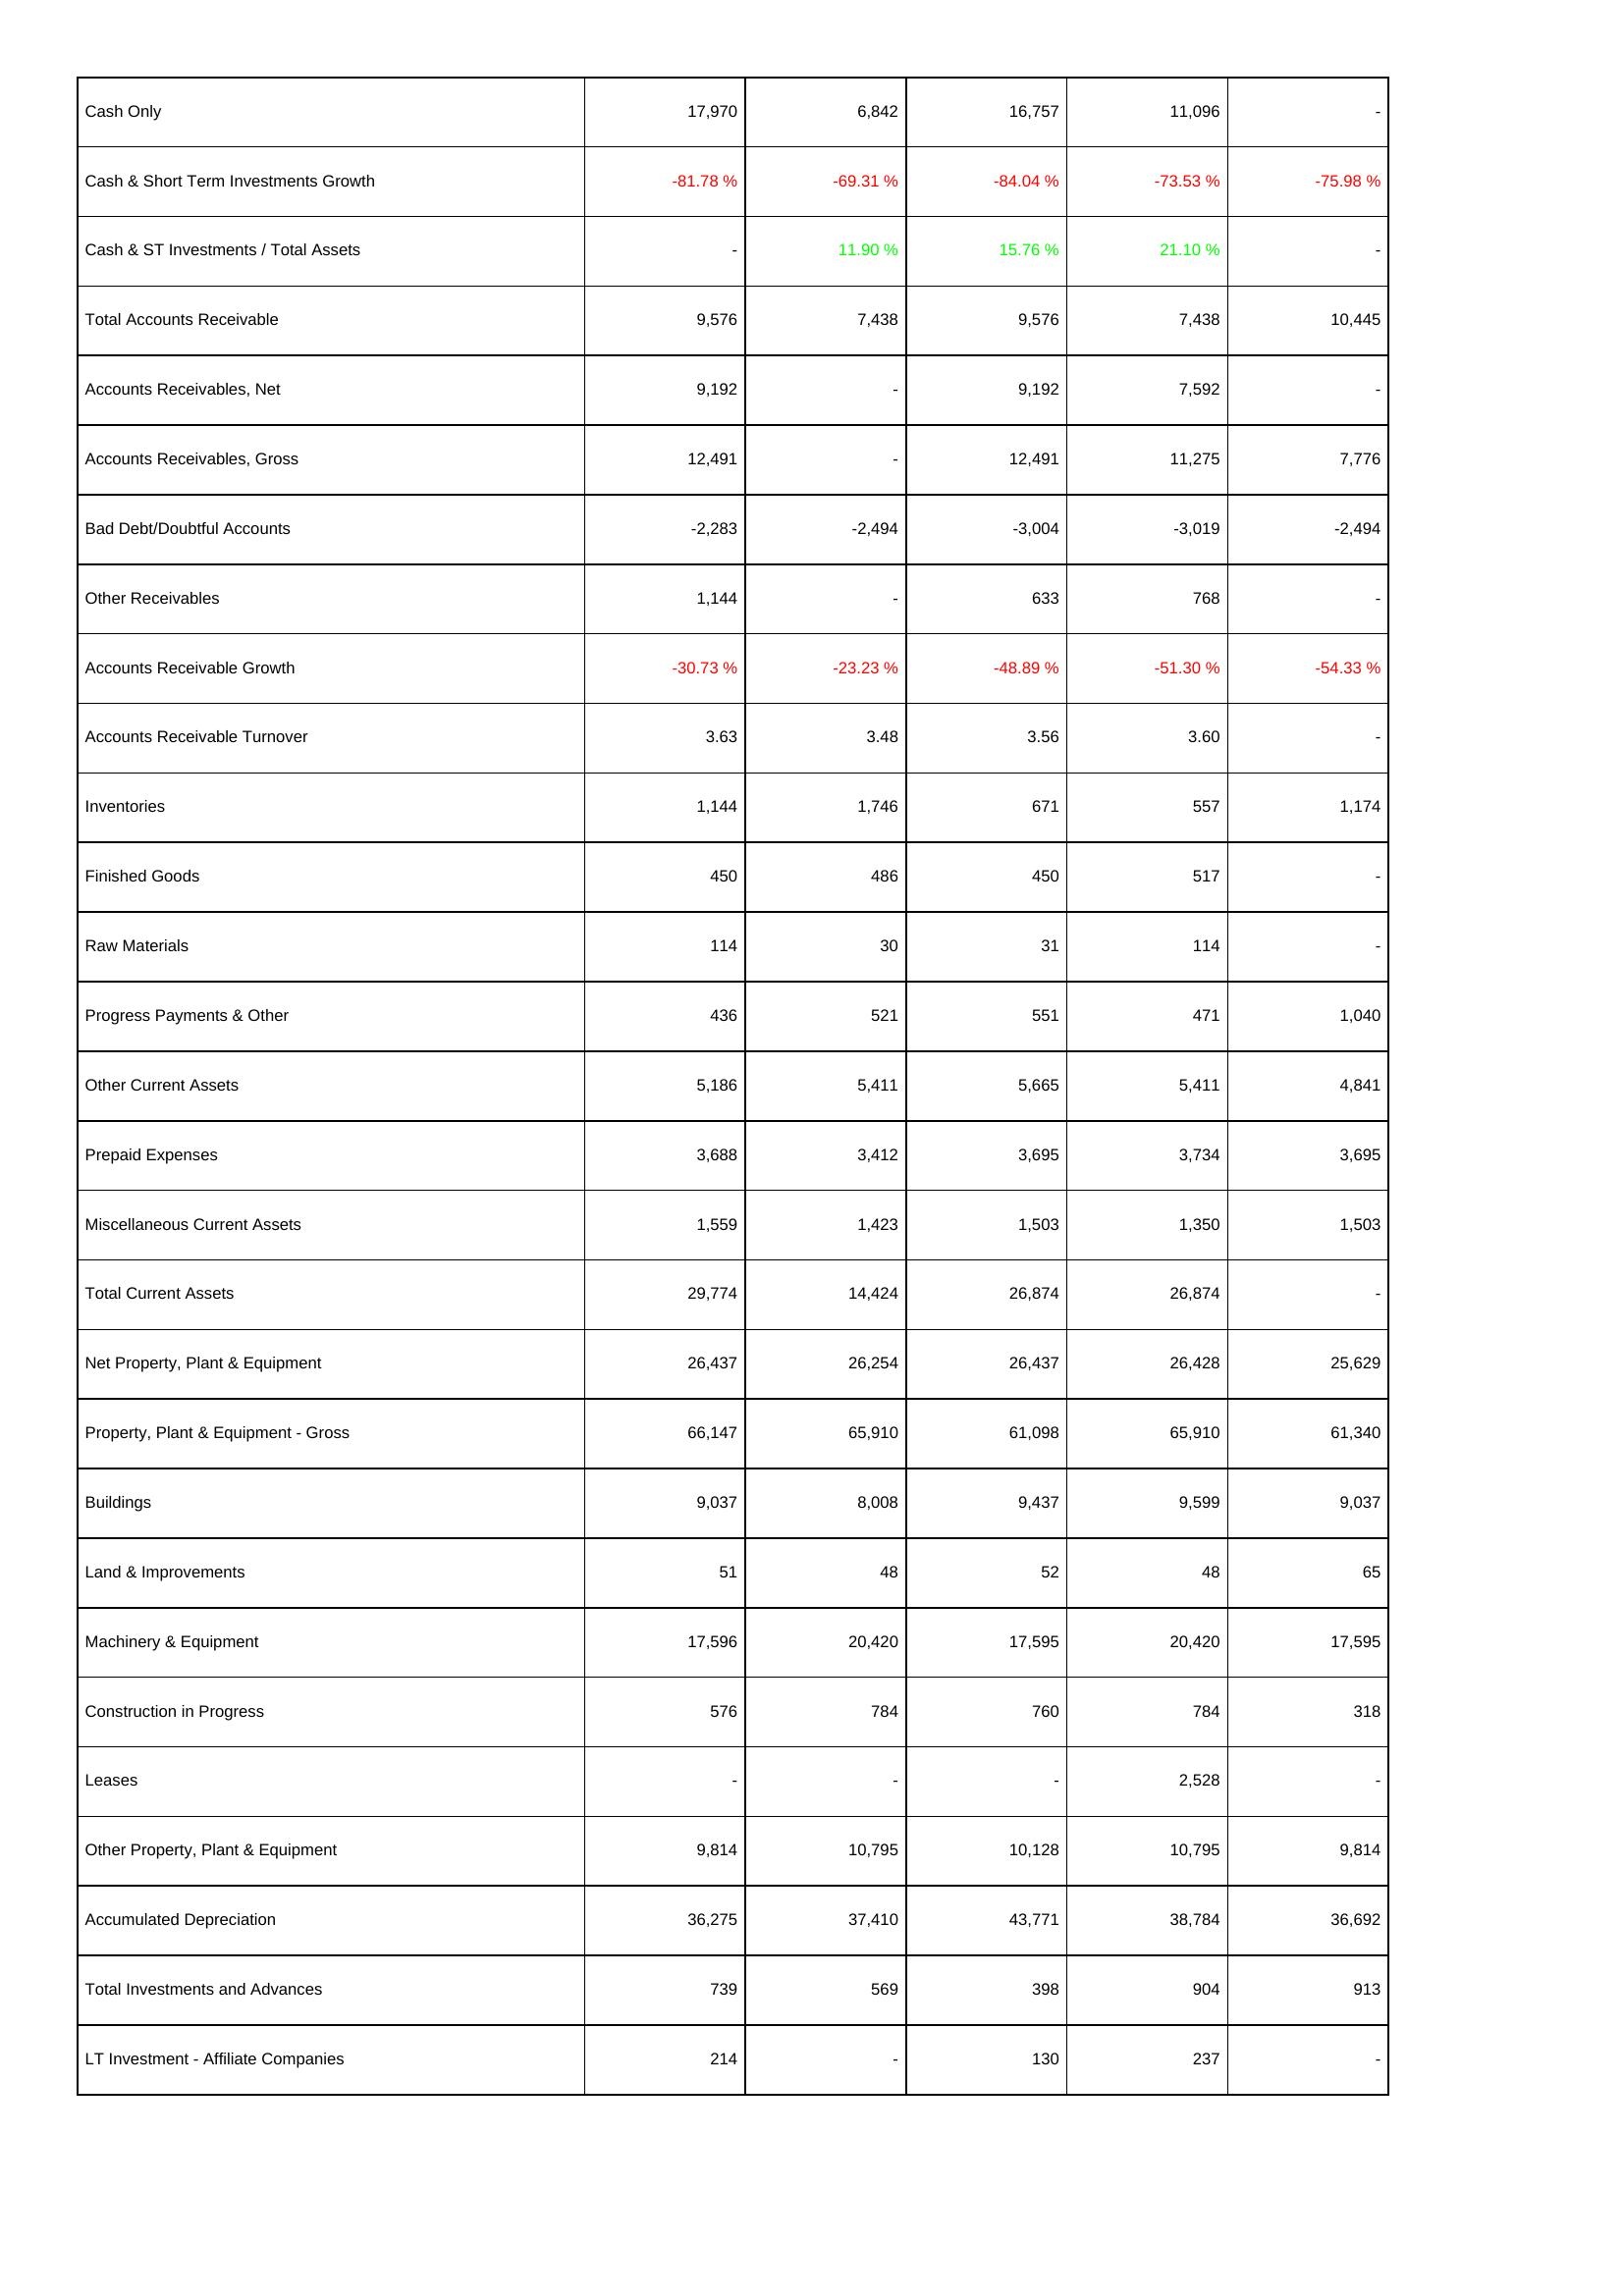
2015: Assets: Cash Only: 17,970
Cash & Short Term Investments Growth: -81.78 %
Cash & ST Investments / Total Assets: -
Total Accounts Receivable: 9,576
Accounts Receivables, Net: 9,192
Accounts Receivables, Gross: 12,491
Bad Debt/Doubtful Accounts: -2,283
Other Receivables: 1,144
Accounts Receivable Growth: -30.73 %
Accounts Receivable Turnover: 3.63
Inventories: 1,144
Finished Goods: 450
Raw Materials: 114
Progress Payments & Other: 436
Other Current Assets: 5,186
Prepaid Expenses: 3,688
Miscellaneous Current Assets: 1,559
Total Current Assets: 29,774
Net Property, Plant & Equipment: 26,437
Property, Plant & Equipment - Gross: 66,147
Buildings: 9,037
Land & Improvements: 51
Machinery & Equipment: 17,596
Construction in Progress: 576
Leases: -
Other Property, Plant & Equipment: 9,814
Accumulated Depreciation: 36,275
Total Investments and Advances: 739
LT Investment - Affiliate Companies: 214
2014: Assets: Cash Only: 6,842
Cash & Short Term Investments Growth: -69.31 %
Cash & ST Investments / Total Assets: 11.90 %
Total Accounts Receivable: 7,438
Accounts Receivables, Net: -
Accounts Receivables, Gross: -
Bad Debt/Doubtful Accounts: -2,494
Other Receivables: -
Accounts Receivable Growth: -23.23 %
Accounts Receivable Turnover: 3.48
Inventories: 1,746
Finished Goods: 486
Raw Materials: 30
Progress Payments & Other: 521
Other Current Assets: 5,411
Prepaid Expenses: 3,412
Miscellaneous Current Assets: 1,423
Total Current Assets: 14,424
Net Property, Plant & Equipment: 26,254
Property, Plant & Equipment - Gross: 65,910
Buildings: 8,008
Land & Improvements: 48
Machinery & Equipment: 20,420
Construction in Progress: 784
Leases: -
Other Property, Plant & Equipment: 10,795
Accumulated Depreciation: 37,410
Total Investments and Advances: 569
LT Investment - Affiliate Companies: -
2013: Assets: Cash Only: 16,757
Cash & Short Term Investments Growth: -84.04 %
Cash & ST Investments / Total Assets: 15.76 %
Total Accounts Receivable: 9,576
Accounts Receivables, Net: 9,192
Accounts Receivables, Gross: 12,491
Bad Debt/Doubtful Accounts: -3,004
Other Receivables: 633
Accounts Receivable Growth: -48.89 %
Accounts Receivable Turnover: 3.56
Inventories: 671
Finished Goods: 450
Raw Materials: 31
Progress Payments & Other: 551
Other Current Assets: 5,665
Prepaid Expenses: 3,695
Miscellaneous Current Assets: 1,503
Total Current Assets: 26,874
Net Property, Plant & Equipment: 26,437
Property, Plant & Equipment - Gross: 61,098
Buildings: 9,437
Land & Improvements: 52
Machinery & Equipment: 17,595
Construction in Progress: 760
Leases: -
Other Property, Plant & Equipment: 10,128
Accumulated Depreciation: 43,771
Total Investments and Advances: 398
LT Investment - Affiliate Companies: 130
2012: Assets: Cash Only: 11,096
Cash & Short Term Investments Growth: -73.53 %
Cash & ST Investments / Total Assets: 21.10 %
Total Accounts Receivable: 7,438
Accounts Receivables, Net: 7,592
Accounts Receivables, Gross: 11,275
Bad Debt/Doubtful Accounts: -3,019
Other Receivables: 768
Accounts Receivable Growth: -51.30 %
Accounts Receivable Turnover: 3.60
Inventories: 557
Finished Goods: 517
Raw Materials: 114
Progress Payments & Other: 471
Other Current Assets: 5,411
Prepaid Expenses: 3,734
Miscellaneous Current Assets: 1,350
Total Current Assets: 26,874
Net Property, Plant & Equipment: 26,428
Property, Plant & Equipment - Gross: 65,910
Buildings: 9,599
Land & Improvements: 48
Machinery & Equipment: 20,420
Construction in Progress: 784
Leases: 2,528
Other Property, Plant & Equipment: 10,795
Accumulated Depreciation: 38,784
Total Investments and Advances: 904
LT Investment - Affiliate Companies: 237
2011: Assets: Cash Only: -
Cash & Short Term Investments Growth: -75.98 %
Cash & ST Investments / Total Assets: -
Total Accounts Receivable: 10,445
Accounts Receivables, Net: -
Accounts Receivables, Gross: 7,776
Bad Debt/Doubtful Accounts: -2,494
Other Receivables: -
Accounts Receivable Growth: -54.33 %
Accounts Receivable Turnover: -
Inventories: 1,174
Finished Goods: -
Raw Materials: -
Progress Payments & Other: 1,040
Other Current Assets: 4,841
Prepaid Expenses: 3,695
Miscellaneous Current Assets: 1,503
Total Current Assets: -
Net Property, Plant & Equipment: 25,629
Property, Plant & Equipment - Gross: 61,340
Buildings: 9,037
Land & Improvements: 65
Machinery & Equipment: 17,595
Construction in Progress: 318
Leases: -
Other Property, Plant & Equipment: 9,814
Accumulated Depreciation: 36,692
Total Investments and Advances: 913
LT Investment - Affiliate Companies: -